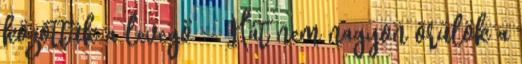
közöttük a levegő :- Hát nem nagyon örülök a